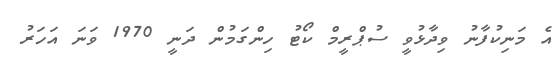
އެ މަނިކުފާނު ވިދާޅުވީ ސުޕްރީމް ކޯޓު ހިންގަމުން ދަނީ 1970 ވަނަ އަހަރު